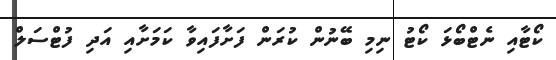
ކޯޓާއި ނެޓްބޯޅަ ކޯޓު ނިމި ބޭނުން ކުރަން ފަށާފައިވާ ކަމަށާއި އަދި ފުޓްސަލް